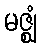
မဇ္ဈံ